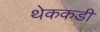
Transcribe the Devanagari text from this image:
थेककडी